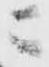
ニ